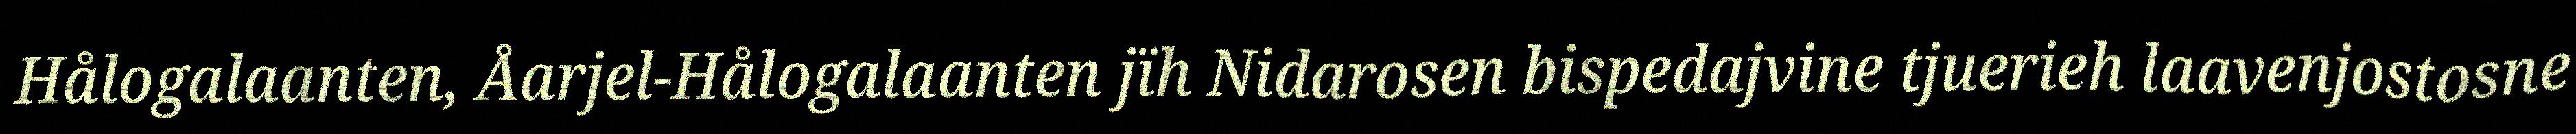
Hålogalaanten, Åarjel-Hålogalaanten jïh Nidarosen bispedajvine tjuerieh laavenjostosne